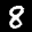
Label: 8